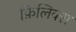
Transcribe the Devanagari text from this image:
फ़िलिक्स